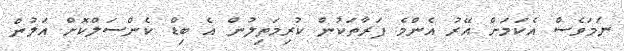
ނަމަވެސް އެކަމަށް އޭރު އެންމެ ފަރާތަކުން ކުރިމަތިލުން އެ ބިޑް ކެންސަލްކޮށް އަލުން